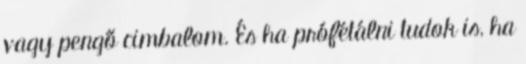
vagy pengő cimbalom. És ha prófétálni tudok is, ha